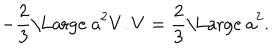
LaTeX: - \frac { 2 } { 3 } \mathrm { \Large ~ a } ^ { 2 } V . V = \frac { 2 } { 3 } \mathrm { \Large ~ a } ^ { 2 } .